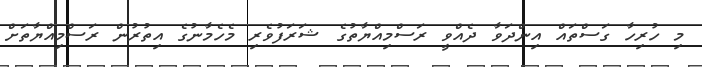
މި ހުރިހާ ގަސްތައް އިންދަވާ ދެއްވީ ރަސްމިއްޔާތުގެ ޝަރަފުވެރި މެހެމާނުގެ އިތުރުން ރަސްމިއްޔާތަށް